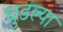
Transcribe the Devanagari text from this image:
घुडल्या